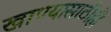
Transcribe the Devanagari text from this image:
खाण्यासाठीही